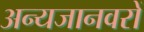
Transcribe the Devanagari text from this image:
अन्यजानवरों